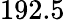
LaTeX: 192.5